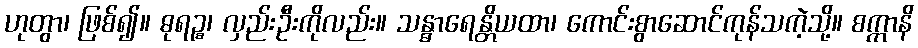
ဟုတွာ၊ ဖြစ်၍။ ဓုရဉ္စ၊ လှည်းဦးကိုလည်း။ သန္ဓာရေန္တိယထာ၊ ကောင်းစွာဆောင်ကုန်သကဲ့သို့။ စက္ကာနိ